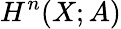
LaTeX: H^{n}(X;A)